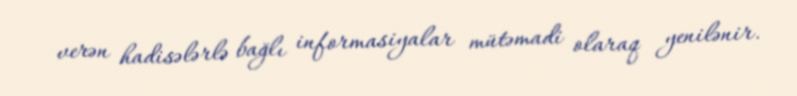
verən hadisələrlə bağlı informasiyalar mütəmadi olaraq yenilənir.